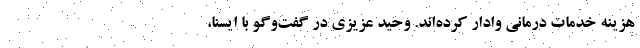
هزینه خدمات درمانی وادار کرده‌اند. وحید عزیزی در گفت‌وگو با ایسنا،